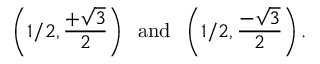
\left( 1 / 2 , { \frac { + { \sqrt { 3 } } } { 2 } } \right) \; \; \mathrm { a n d } \; \; \left( 1 / 2 , { \frac { - { \sqrt { 3 } } } { 2 } } \right) .